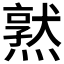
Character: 𪹱